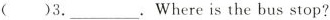
( )3.___.Where is the bus stop?